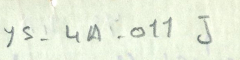
YS-4A-011J